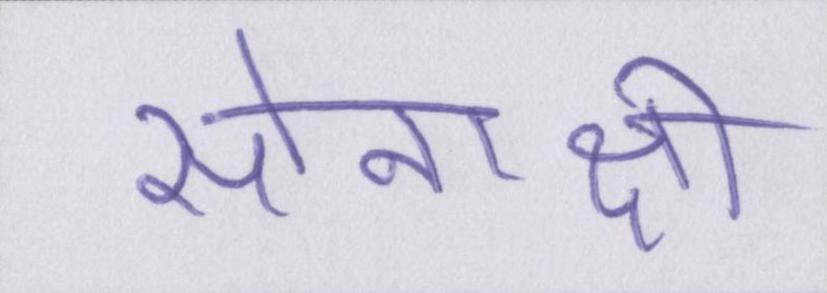
सोनाक्षी